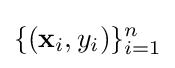
\{(\mathbf {x} _{i},y_{i})\}_{i=1}^{n}